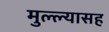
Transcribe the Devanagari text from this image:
मुल्ल्यासह